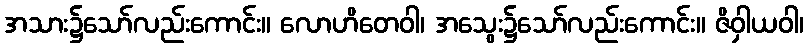
အသား၌သော်လည်းကောင်း။ လောဟိတေဝါ၊ အသွေး၌သော်လည်းကောင်း။ ဇိဝှါယဝါ၊